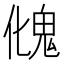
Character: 𩲏